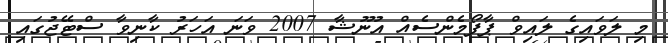
މި ލަވައިގެ ލައިވް ޕާފޯމެންސެއް އުނޫޝާ 2007 ވަނަ އަހަރު ކާނިވާ ސްޓޭޖުގައި